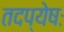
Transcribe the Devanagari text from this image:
तदप्येषः